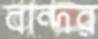
বান্দর